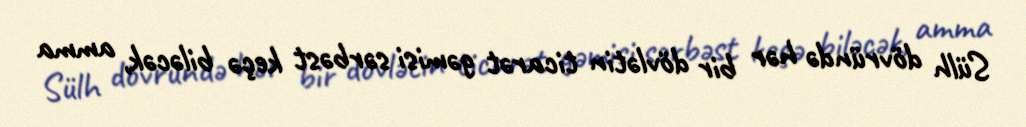
Sülh dövründə hər bir dövlətin ticarət gəmisi sərbəst keçə biləcək, amma